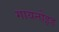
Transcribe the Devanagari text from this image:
गायनोइड